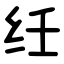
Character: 纴